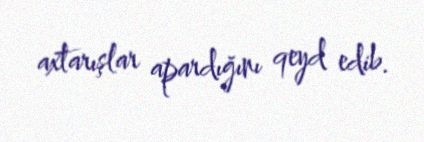
axtarışlar apardığını qeyd edib.